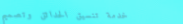
خدمة تنسيق الحدائق وتصميم